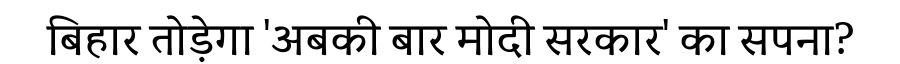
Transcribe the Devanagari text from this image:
बिहार तोड़ेगा 'अबकी बार मोदी सरकार' का सपना?